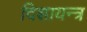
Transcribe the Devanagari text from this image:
दिशायन्त्र